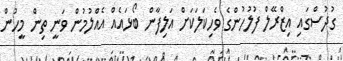
ގުދުސްގައި އިޒްރޭލް ފުލުހުންގެ ވެހިކަލަކަށް އަލިފާން ބޯޅައެއް އެއްލުމުން ވަނީ ތިން މީހުން